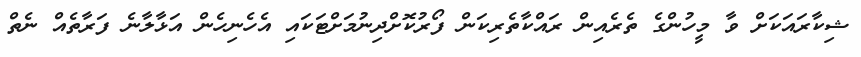
ޝިކާރައަކަށް ވާ މީހުންގެ ތެރެއިން ރައްކާތެރިކަން ފޯރުކޮށްދިނުމަށްޓަކައި އެހެނިހެން އަޅާލާނެ ފަރާތެއް ނެތް